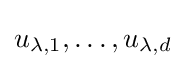
u_{\lambda ,1},\ldots ,u_{\lambda ,d}